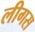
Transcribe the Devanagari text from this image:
लीगस